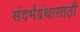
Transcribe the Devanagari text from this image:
संदर्भग्रंथासाठी